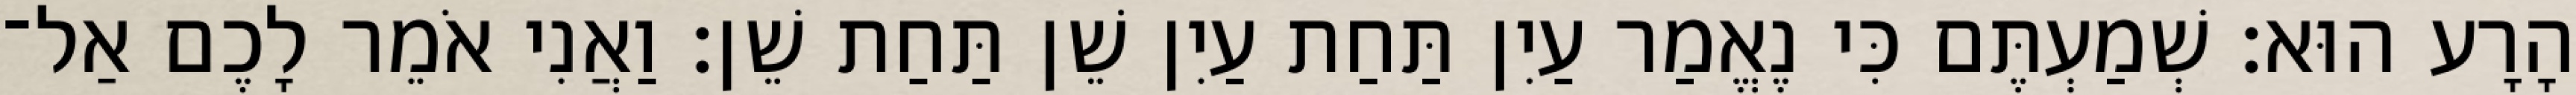
הָרָע הוּא׃ שְׁמַעְתֶּם כִּי נֶאֱמַר עַיִן תַּחַת עַיִן שֵׁן תַּחַת שֵׁן׃ וַאֲנִי אֹמֵר לָכֶם אַל־